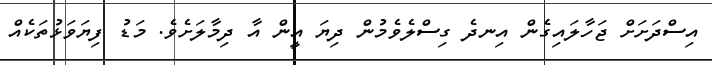
އިސްދަށަށް ޖަހާލައިގެން އިނދެ ގިސްލެވެމުން ދިޔަ އީން އާ ދިމާލަށެވެ. މަޑު ފިޔަވަޅުތަކެއް